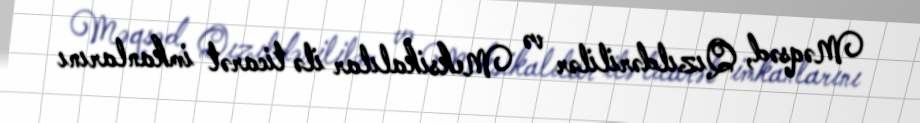
Məqsəd, Qızıldərililər və Meksikalılar ilə ticarət imkanlarını